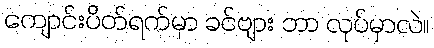
ကျောင်းပိတ်ရက်မှာ ခင်ဗျား ဘာ လုပ်မှာလဲ။